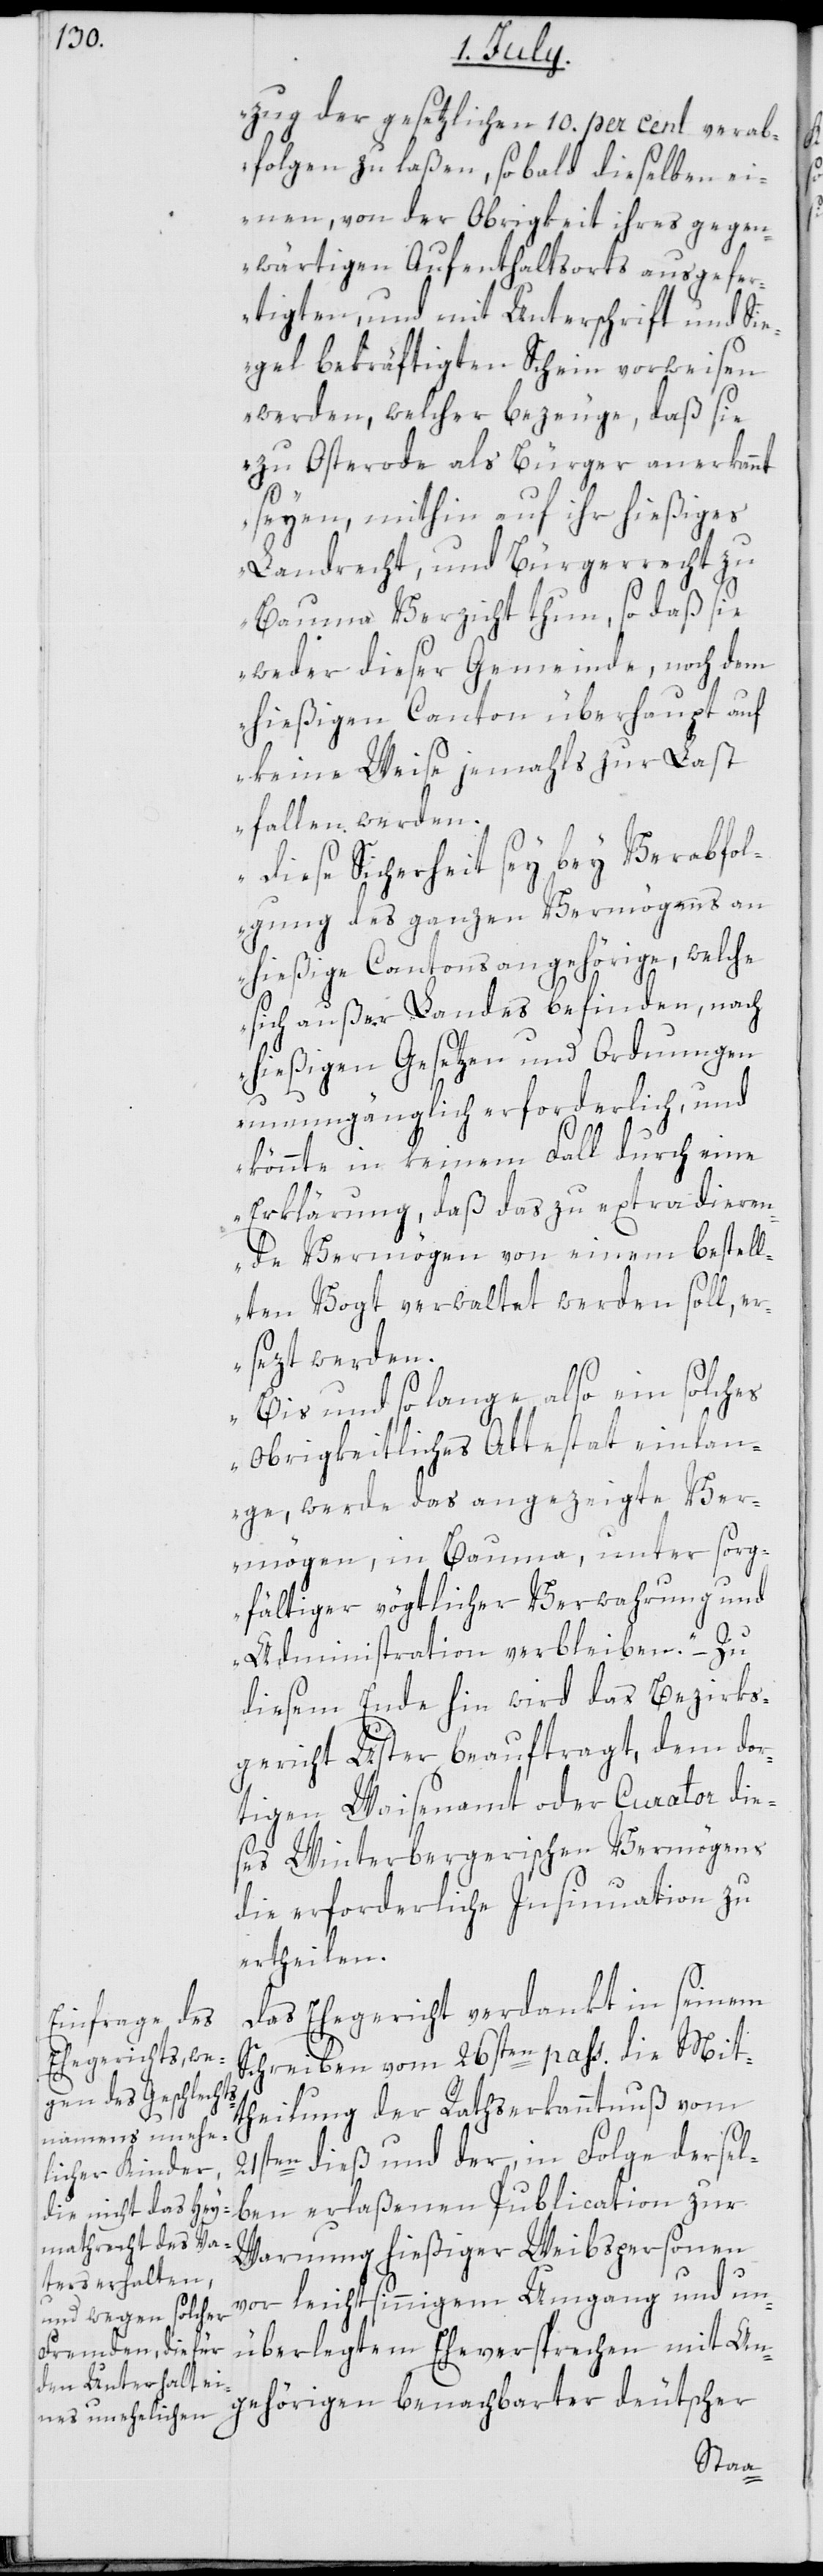
zug der gesetzlichen 10. per cent verab¬
folgen zu laßen, so bald dieselben ei¬
nen von der Obrigkeit ihres gegen¬
wärtigen Aufenthaltsorts ausgefe¬
rtigten, und mit Unterschrift und Sie¬
gel bekräftigten Schein vorweisen
werden, welcher bezeuge, daß sie
zu Osterode als Bürger anerkannt
seyen, mithin auf ihr hießiges
Landrecht, und Bürgerrecht zu
Bauma Verzicht thun, so daß sie
weder dieser Gemeinde, noch dem
hießigen Canton überhaupt auf
keine Weise jemahls zur Last
fallen werden.
Diese Sicherheit sey bey Verabfol¬
gung des ganzen Vermögens an
hießige Cantonsangehörige, welche
sich außer Landes befinden, nach
hießigen Gesetzen und Ordnungen
unumgänglich erforderlich, und
könnte in keinem Fall durch eine
Erklärung, daß das zu extradieren¬
de Vermögen von einem bestell¬
ten Vogt verwaltet werden soll, er¬
sezt werden.
Bis und so lange also ein solches
obrigkeitliches Attestat einlan¬
ge, werde das angezeigte Ver¬
mögen, in Bauma, unter sorg¬
fältiger vögtlicher Verwahrung und
Administration verbleiben“. – Zu
diesem Ende hin wird das Bezirks¬
gericht Uster beauftragt, dem dor¬
tigen Waisenamt oder Curator die¬
ses Winterbergischen Vermögens
die erforderliche Insinuation zu
ertheilen.
Das Ehergericht verdankt in seinem
Schreiben vom 26sten pass. die Mit¬
theilung der Rathserkanntnuß vom
21sten dieß und der, in Folge dersel¬
ben erlaßenen Publication zur
Warnung hießiger Weibspersonen
vor leichtsinnigem Umgang und un¬
überlegten Eheversprechen mit An¬
gehörigen benachbarter deutscher